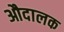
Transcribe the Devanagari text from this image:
औदालक